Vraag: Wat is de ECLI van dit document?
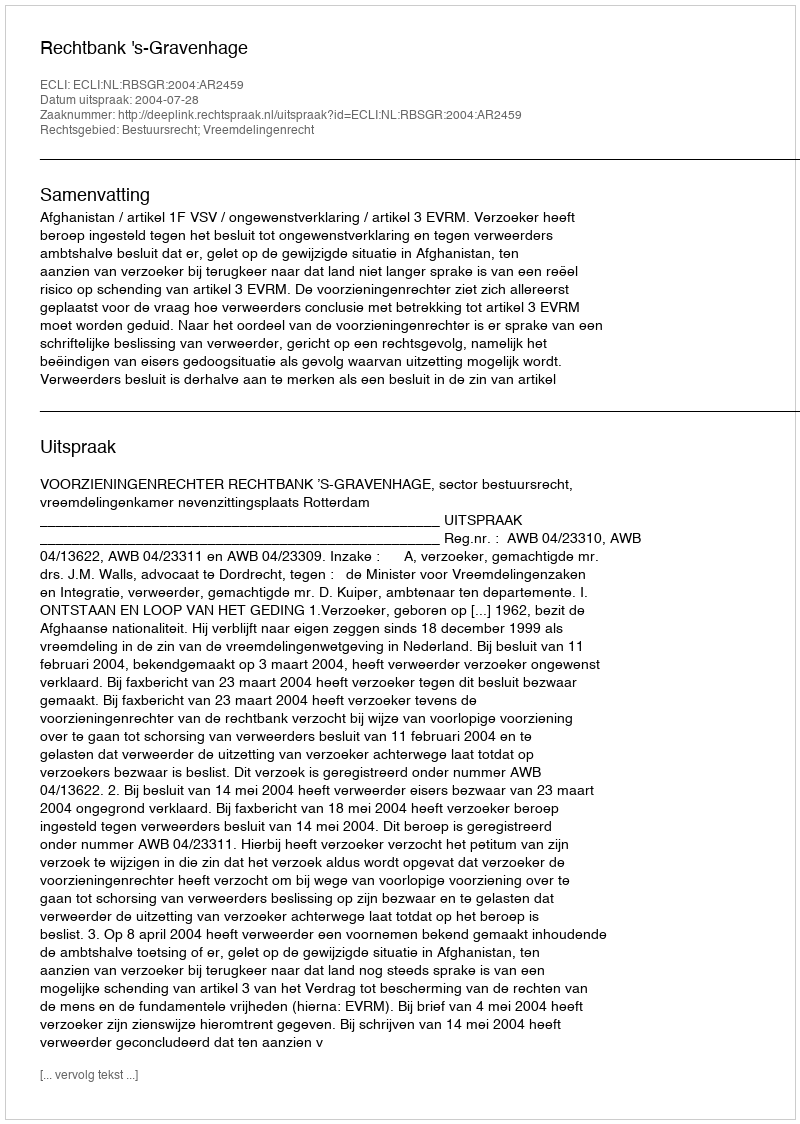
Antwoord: ECLI:NL:RBSGR:2004:AR2459